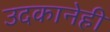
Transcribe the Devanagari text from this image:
उदकानेही